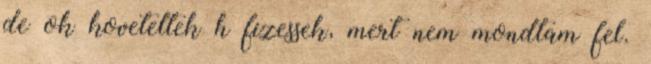
de ok koveteltek h fizessek, mert nem mondtam fel.